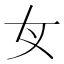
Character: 𡚦